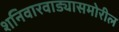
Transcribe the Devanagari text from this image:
शनिवारवाड्यासमोरील